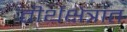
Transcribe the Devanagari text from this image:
तीर्थक्षेत्रांत